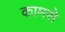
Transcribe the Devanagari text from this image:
कामसे